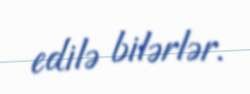
edilə bilərlər.